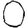
Digit: 0